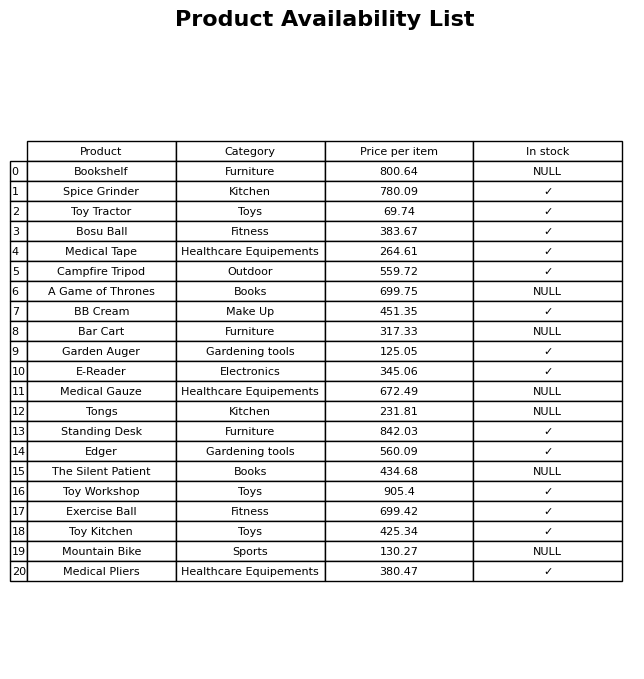
question: What is the price for Standing Desk?
answer: The price of Standing Desk is 842.03.